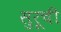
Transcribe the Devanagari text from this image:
सुरूची